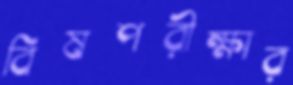
বিষপরীক্ষার